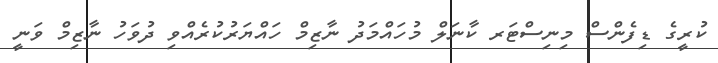
ކުރީގެ ޑިފެންސް މިނިސްޓަރ ކާނަލް މުހައްމަދު ނާޒިމް ހައްޔަރުކުރެއްވި ދުވަހު ނާޒިމް ވަނީ